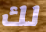
لك